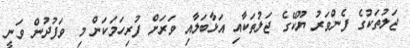
ޖަލުތަކުގެ ފެންވަރު ޔޫކޭގެ ޖަލުތަކާއި އަޅާބަލާއި ވަރަށް ފުރިހަމަކަން މި ވަފުދުން ވަނީ